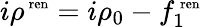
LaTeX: i\rho^{{\mathrm{\scriptsize~ren}}}=i\rho_{0}-f_{1}^{{\mathrm{\scriptsize~ren}}}